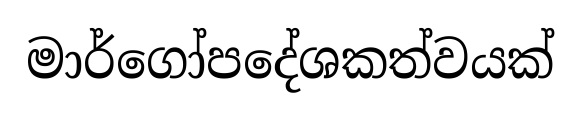
මාර්ගෝපදේශකත්වයක්